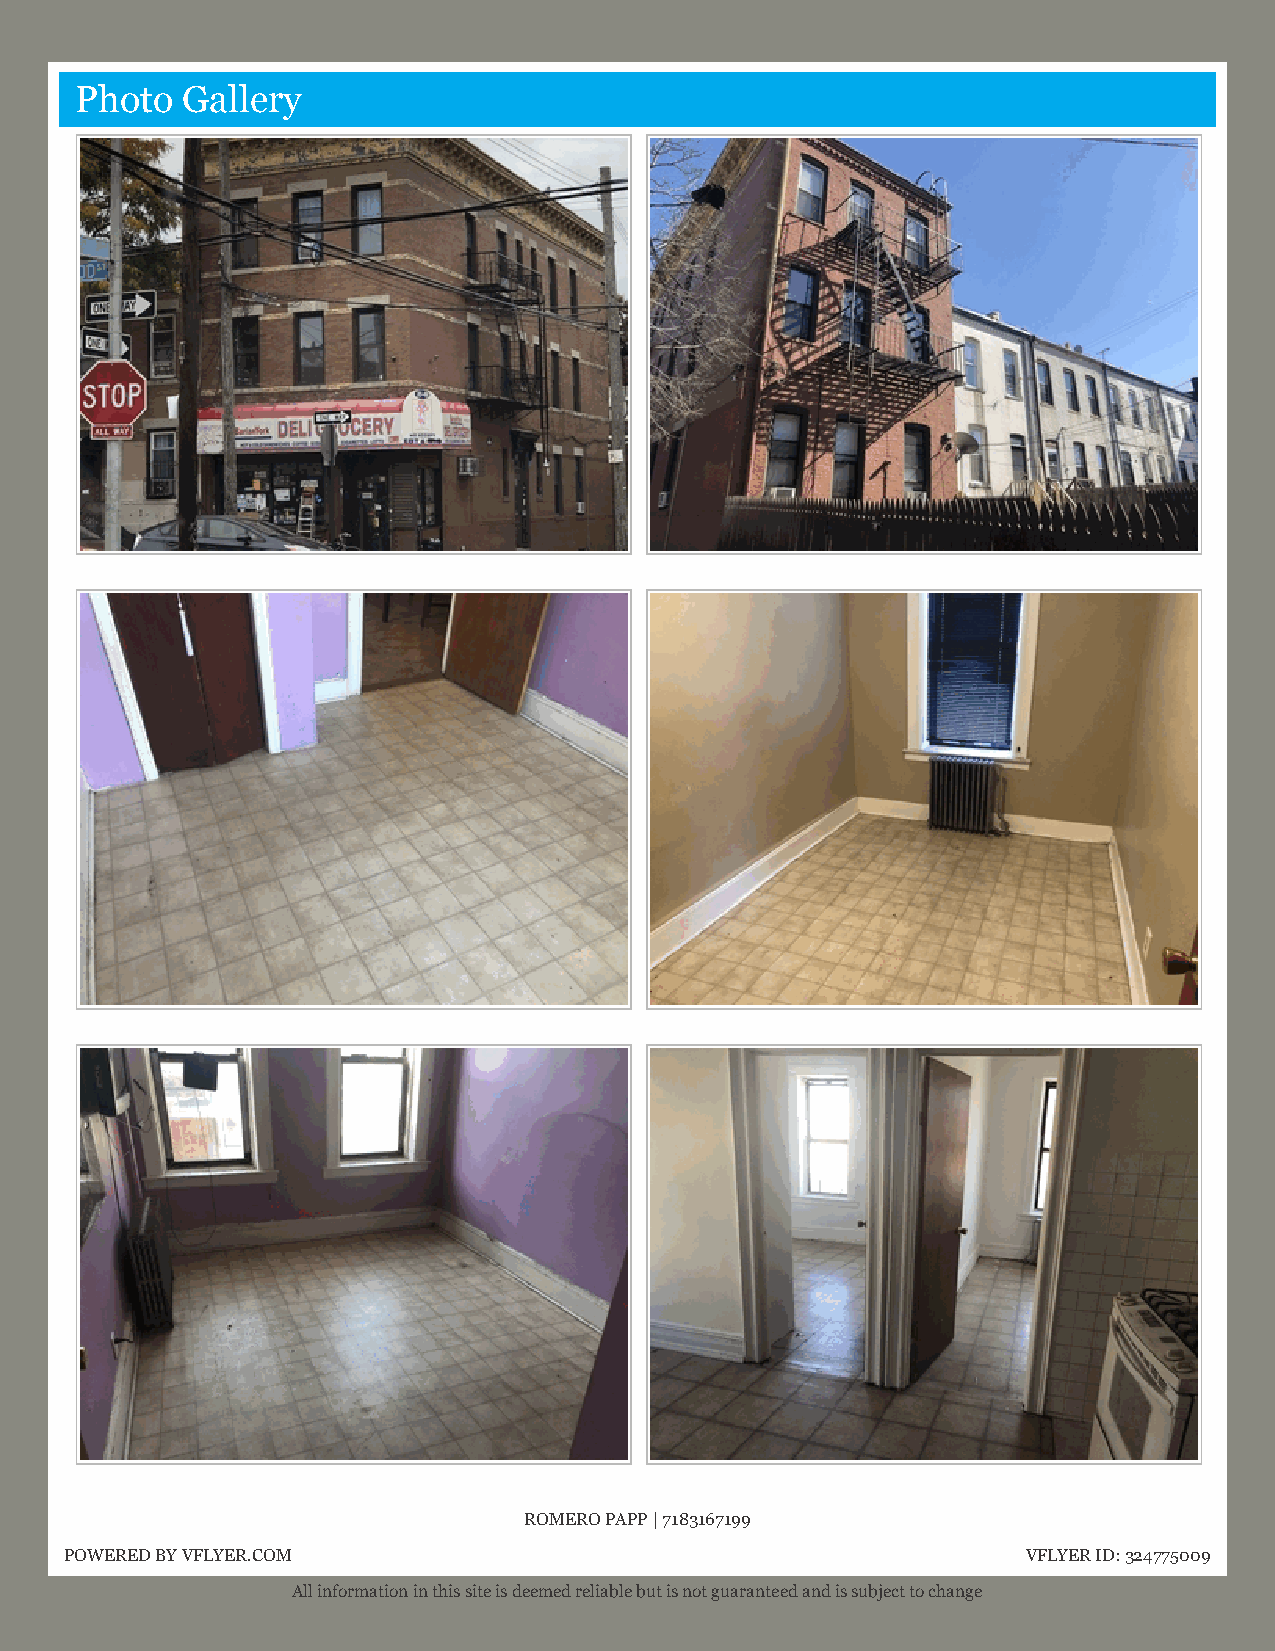
Photo  Gallery
 ROMERO PAPP | 7183167199
 POWERED BY VFLYER.COM                                           VFLYER ID:324775009
 All information in this site is deemed reliable but is not guaranteed and is subject to change